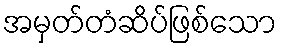
အမှတ်တံဆိပ်ဖြစ်သော